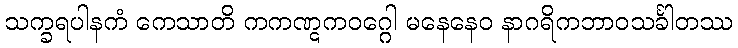
သက္ခရပါနကံ ကေသာတိ ကကဏ္ဋကဝဂ္ဂေါ မနေနေဝ နာဂရိကဘာဝသင်္ခါတဿ